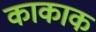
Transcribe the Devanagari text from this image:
काकाक